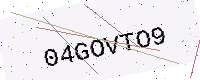
Text: 04GOVTO9